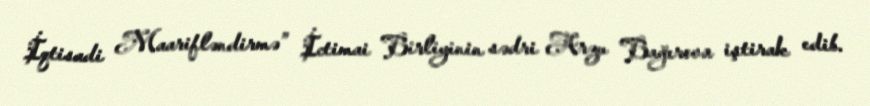
İqtisadi Maarifləndirmə” İctimai Birliyinin sədri Arzu Bağırova iştirak edib.